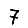
Digit: 7